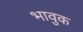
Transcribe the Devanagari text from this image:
भावुक